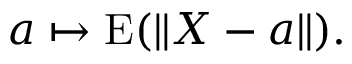
a \mapsto \operatorname { E } ( \| X - a \| ) .